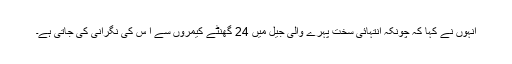
انہوں نے کہا کہ چونکہ انتہائی سخت پہرے والی جیل میں 24 گھنٹے کیمروں سے ا س کی نگرانی کی جاتی ہے۔